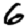
Digit: 6